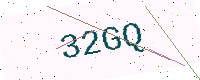
Text: 32GQ